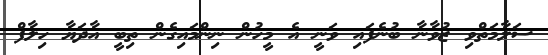
ސަލާމަތްވި ޒުވާނާ ބުނެފައި ވަނީ އެ މީހުން ނިންމައިގެން ތިބީ އާދަޔާ ހިލާފް